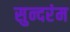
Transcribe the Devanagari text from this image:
सुन्दरंम